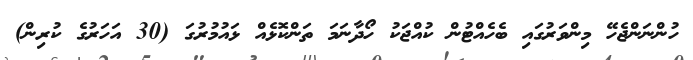
ހުންނަންޖެހޭ މިންވަރުގައި ބެހެއްޓުން ކުއްޖަކު ހޯދާނަމަ ތަންކޮޅެއް ޅައުމުރުގަ (30 އަހަރުގެ ކުރިން)